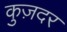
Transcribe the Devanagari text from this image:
कुज़दर